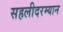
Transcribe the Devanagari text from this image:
सहलीदरम्यान